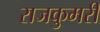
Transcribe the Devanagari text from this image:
राजकुमरी